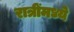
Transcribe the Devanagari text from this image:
रात्रींमध्ये